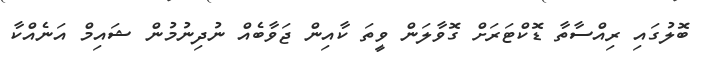
ބޮލުގައި ރިއްސާތާ ޑޮކްޓަރަށް ގޮވާލަން ވީތަ ކާއިން ޖަވާބެއް ނުދިނުމުން ޝައިމް އަނެއްކާ